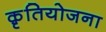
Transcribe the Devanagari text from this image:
क़ृतियोजना